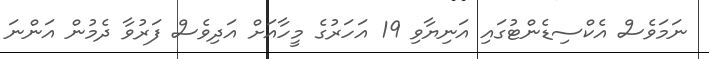
ނަމަވެސް އެކްސިޑެންޓުގައި އަނިޔާވި 19 އަހަރުގެ މީހާއަށް އަދިވެސް ފަރުވާ ދެމުން އަންނަ